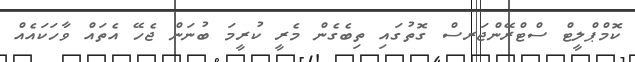
ކޮމްޕްލީޓް ސްޓްރޭންޖަރސް ގޮތުގައި ތިބެގެން މެރީ ކުރީމަ ބުނަން ޖެހޭ އެތައް ވާހަކައެއް